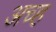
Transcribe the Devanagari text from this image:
अच्ह